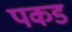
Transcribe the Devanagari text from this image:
पकड